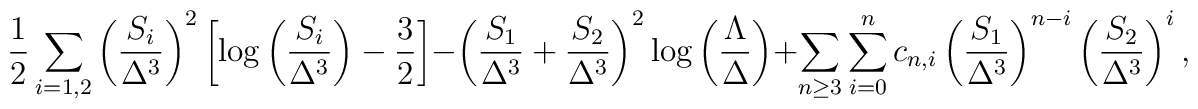
{1 \over 2} \sum_{i=1,2}\left({S_i\over\Delta^3}\right)^2\left[\log \left( {S_i \over\Delta^3} \right)-{3\over2}\right]-\left({S_1\over\Delta^3}+{S_2\over\Delta^3}\right)^2 \log \left( {\Lambda \over \Delta}\right)+\sum_{n\geq3}\sum_{i=0}^n c_{n,i}\left({S_1\over\Delta^3}\right)^{n-i}\left({S_2\over\Delta^3}\right)^i,